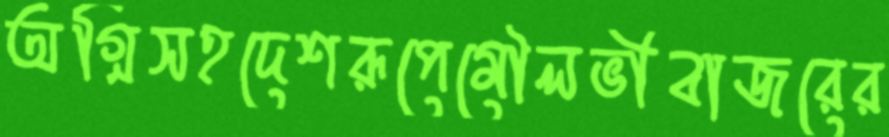
অগ্নিসহদেশরূপেমৌলভীবাজরের